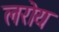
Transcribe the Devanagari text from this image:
लरोय